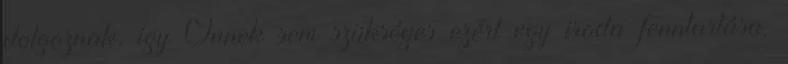
dolgoznak, így Önnek sem szükséges ezért egy iroda fenntartása.